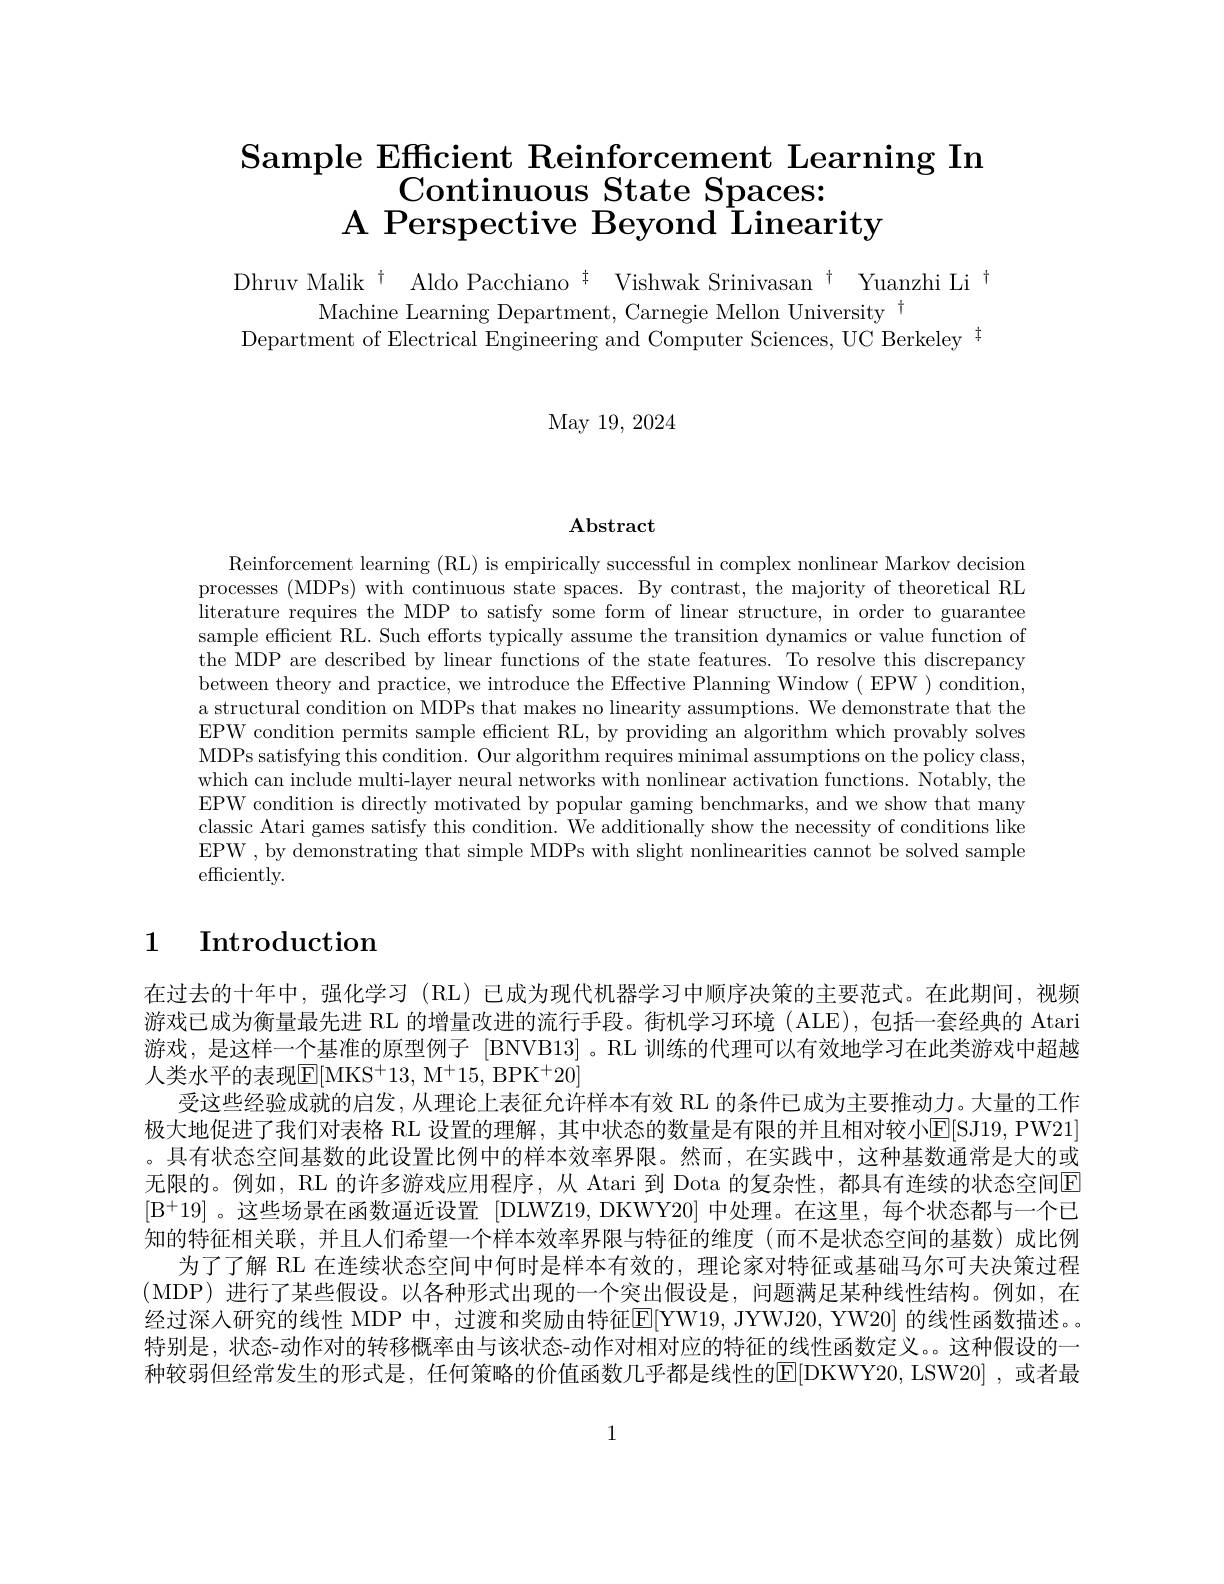
# Sample Efficient Reinforcement Learning In Continuous State Spaces: A Perspective Beyond Linearity

$\begin{aligned}\text{Dhruv Malik}^{\dagger}&\text{Aldo Pacchiano }^{\dagger}\text{Vishwak Srinivasan}^{\dagger}\text{Yuanzhi Li}^{\dagger}\\\text{Machine Learning Department, Carnegie Mellon University}^{\dagger}\\\text{Denartment of Flactrial Fnoninerina and Comutar Scinocas IT Berkelav }^{\dagger}\end{aligned}$

May 19, 2024

$\mathbf{Abstract}$

Reinforcement learning (RL) is empirically successful in complex nonlinear Markov decision processes (MDPs) with continuous state spaces. By contrast, the majority of theoretical RL literature requires the MDP to satisfy some form of linear structure, in order to guarantee sample efficient RL. Such efforts typically assume the transition dynamics or value function of the MDP are described by linear functions of the state features. To resolve this discrepancy between theory and practice, we introduce the Effective Planning Window( EPW) condition, a structural condition on MDPs that makes no linearity assumptions. We demonstrate that the EPW condition permits sample efficient RL, by providing an algorithm which provably solves MDPs satisfying this condition. Our algorithm requires minimal assumptions on the policy class which can include multi-layer neural networks with nonlinear activation functions. Notably, the EPW condition is directly motivated by popular gaming benchmarks, and we show that many classic Atari games satisfy this condition. We additionally show the necessity of conditions like EPW , by demonstrating that simple MDPs with slight nonlinearities cannot be solved sample efficiently.

## 1 Introduction

在过去的十年中，强化学习 (RL)已成为现代机器学习中顺序决策的主要范式。在此期间，视频游戏已成为衡量最先进 RL 的增量改进的流行手段。街机学习环境 (ALE),包括一套经典的 Atari 游戏，是这样一个基准的原型例子 [BNVB13] 。RL 训练的代理可以有效地学习在此类游戏中超越人类水平的表现$\overline{\mathrm{E}}[$MKS$^+13$,M$^+15$,BPK$^+20]$
受这些经验成就的启发，从理论上表征允许样本有效 RL 的条件已成为主要推动力。大量的工作极大地促进了我们对表格 RL 设置的理解，其中状态的数量是有限的并且相对较小E[SJ19,PW21] 。具有状态空间基数的此设置比例中的样本效率界限。然而，在实践中，这种基数通常是大的或无限的。例如，RL 的许多游戏应用程序，从 Atari 到 Dota 的复杂性，都具有连续的状态空间E $[\mathrm{B}^{+}19]$ 。这些场景在函数逼近设置[DLWZ19, DKWY20] 中处理。在这里，每个状态都与一个已知的特征相关联，并且人们希望一个样本效率界限与特征的维度(而不是状态空间的基数)成比例
为了了解 RL 在连续状态空间中何时是样本有效的，理论家对特征或基础马尔可夫决策过程(MDP)进行了某些假设。以各种形式出现的一个突出假设是，问题满足某种线性结构。例如，在经过深人研究的线性 MDP 中，过渡和奖励由特征E[ YW19, JYWJ20, YW20] 的线性函数描述。。特别是，状态-动作对的转移概率由与该状态-动作对相对应的特征的线性函数定义。。这种假设的一种较弱但经常发生的形式是，任何策略的价值函数几乎都是线性的$\mathbb{E}[$DKWY20,LSW20] ,或者最

1